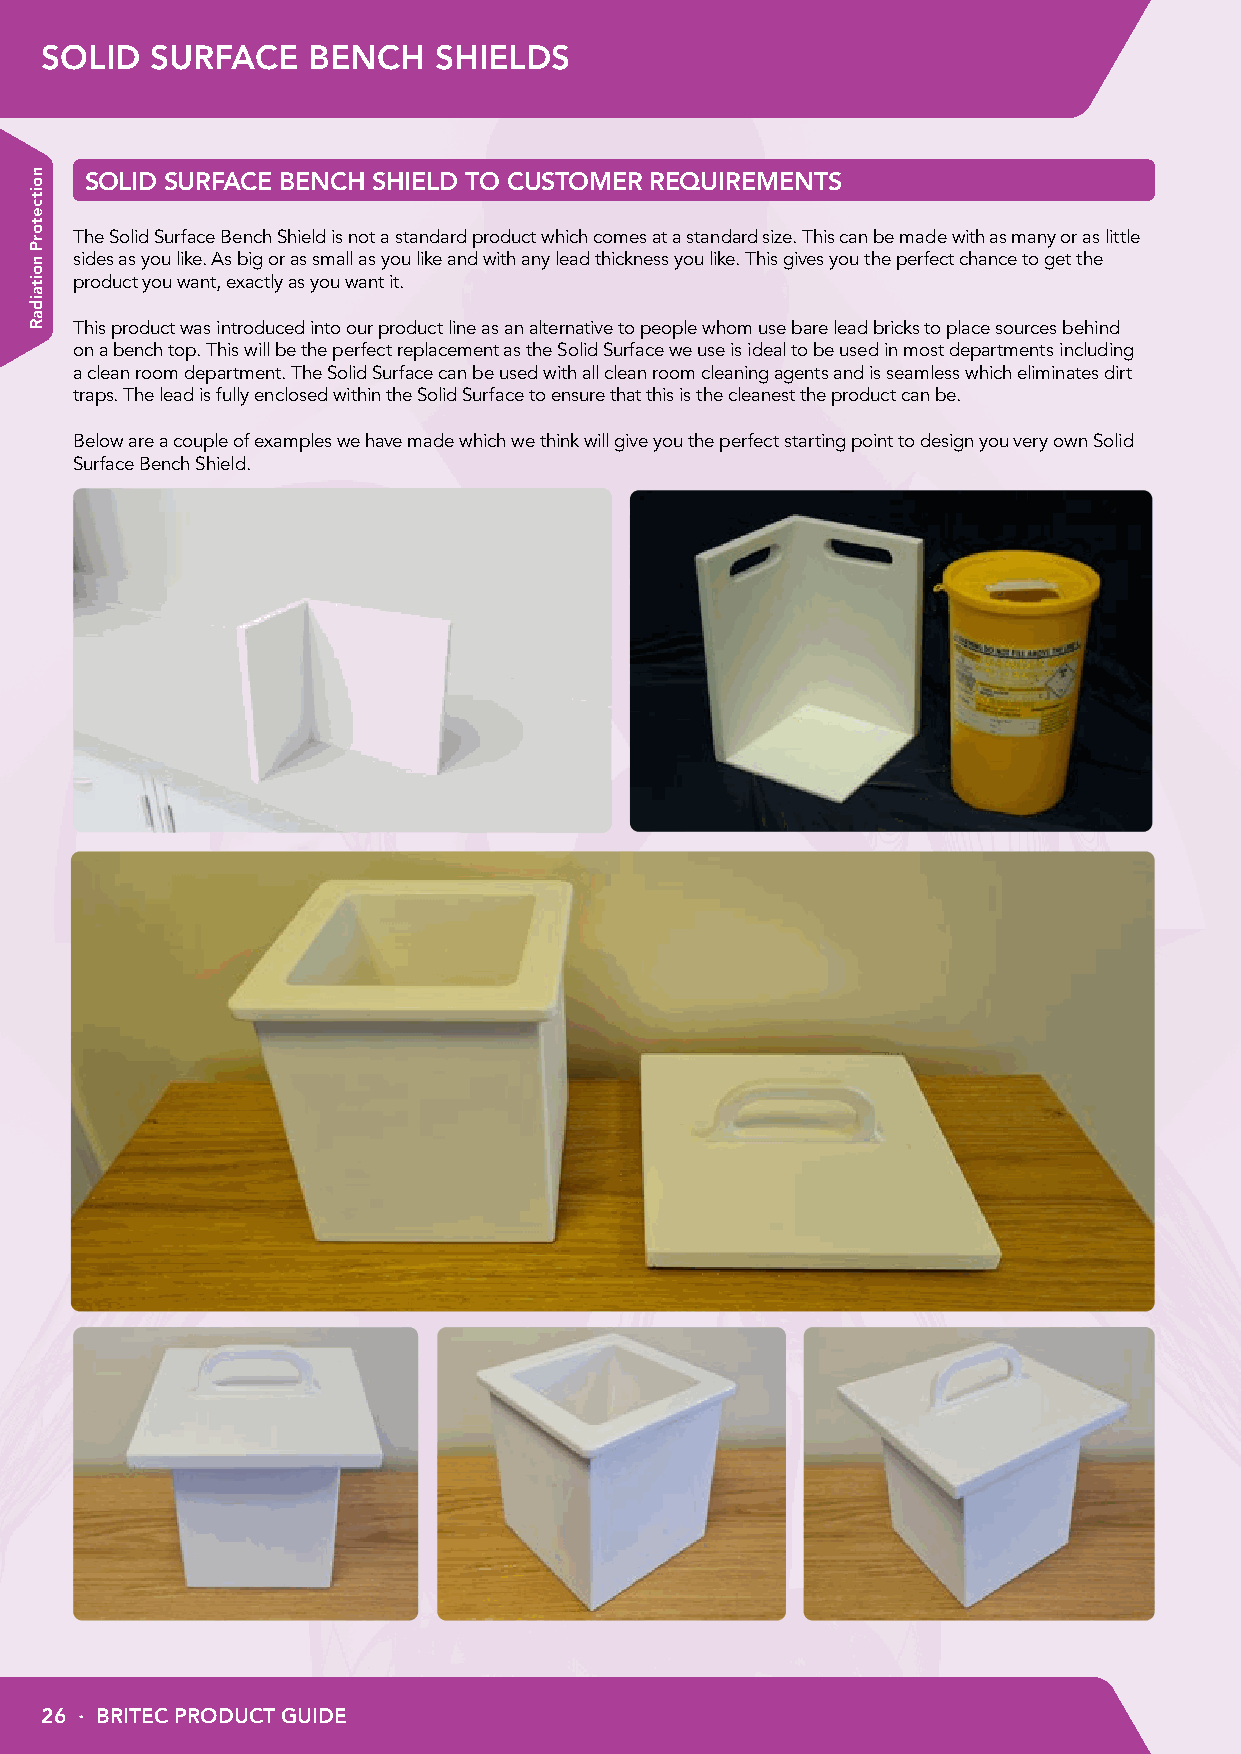
SOLID  SURFACE   BENCH    SHIELDS
 SOLID SURFACE BENCH SHIELD TO CUSTOMER REQUIREMENTS
 The Solid Surface Bench Shield is not a standard product which comes at a standard size. This can be made with as many or as little
 sides as you like. As big or as small as you like and with any lead thickness you like. This gives you the perfect chance to get the
 product you want, exactly as you want it.
 This product was introduced into our product line as an alternative to people whom use bare lead bricks to place sources behind
 on a bench top. This will be the perfect replacement as the Solid Surface we use is ideal to be used in most departments including
 a clean room department. The Solid Surface can be used with all clean room cleaning agents and is seamless which eliminates dirt
 traps. The lead is fully enclosed within the Solid Surface to ensure that this is the cleanest the product can be.
 Below are a couple of examples we have made which we think will give you the perfect starting point to design you very own Solid
 Surface Bench Shield.
 26 · BRITEC PRODUCT GUIDE
 noitcetorP
 noitaidaR